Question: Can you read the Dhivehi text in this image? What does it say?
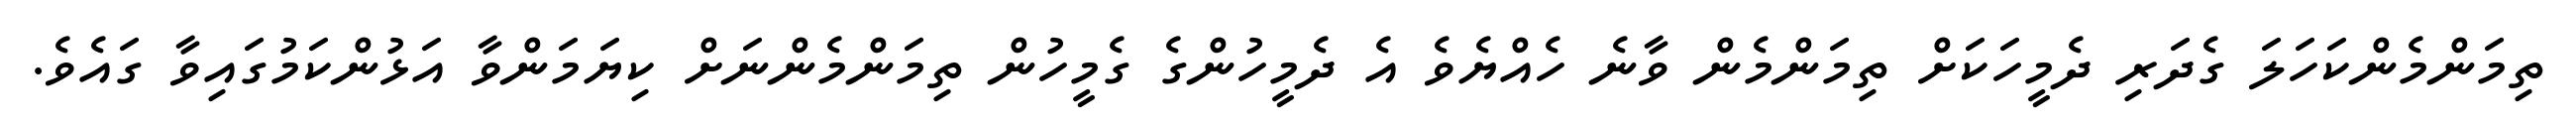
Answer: ތިމަންމެންކަހަލަ ގެދަރި ދެމީހަކަށް ތިމަންމެން ވާނެ ހެއްޔެވެ އެ ދެމީހުންގެ ގެމީހުން ތިމަންމެންނަށް ކިޔަމަންވާ އަޅުންކަމުގައިވާ ގައެވެ.